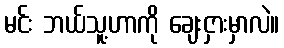
မင်း ဘယ်သူ့ဟာကို ချေးငှားမှာလဲ။